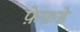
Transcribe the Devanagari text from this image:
फ़ेफ़डे